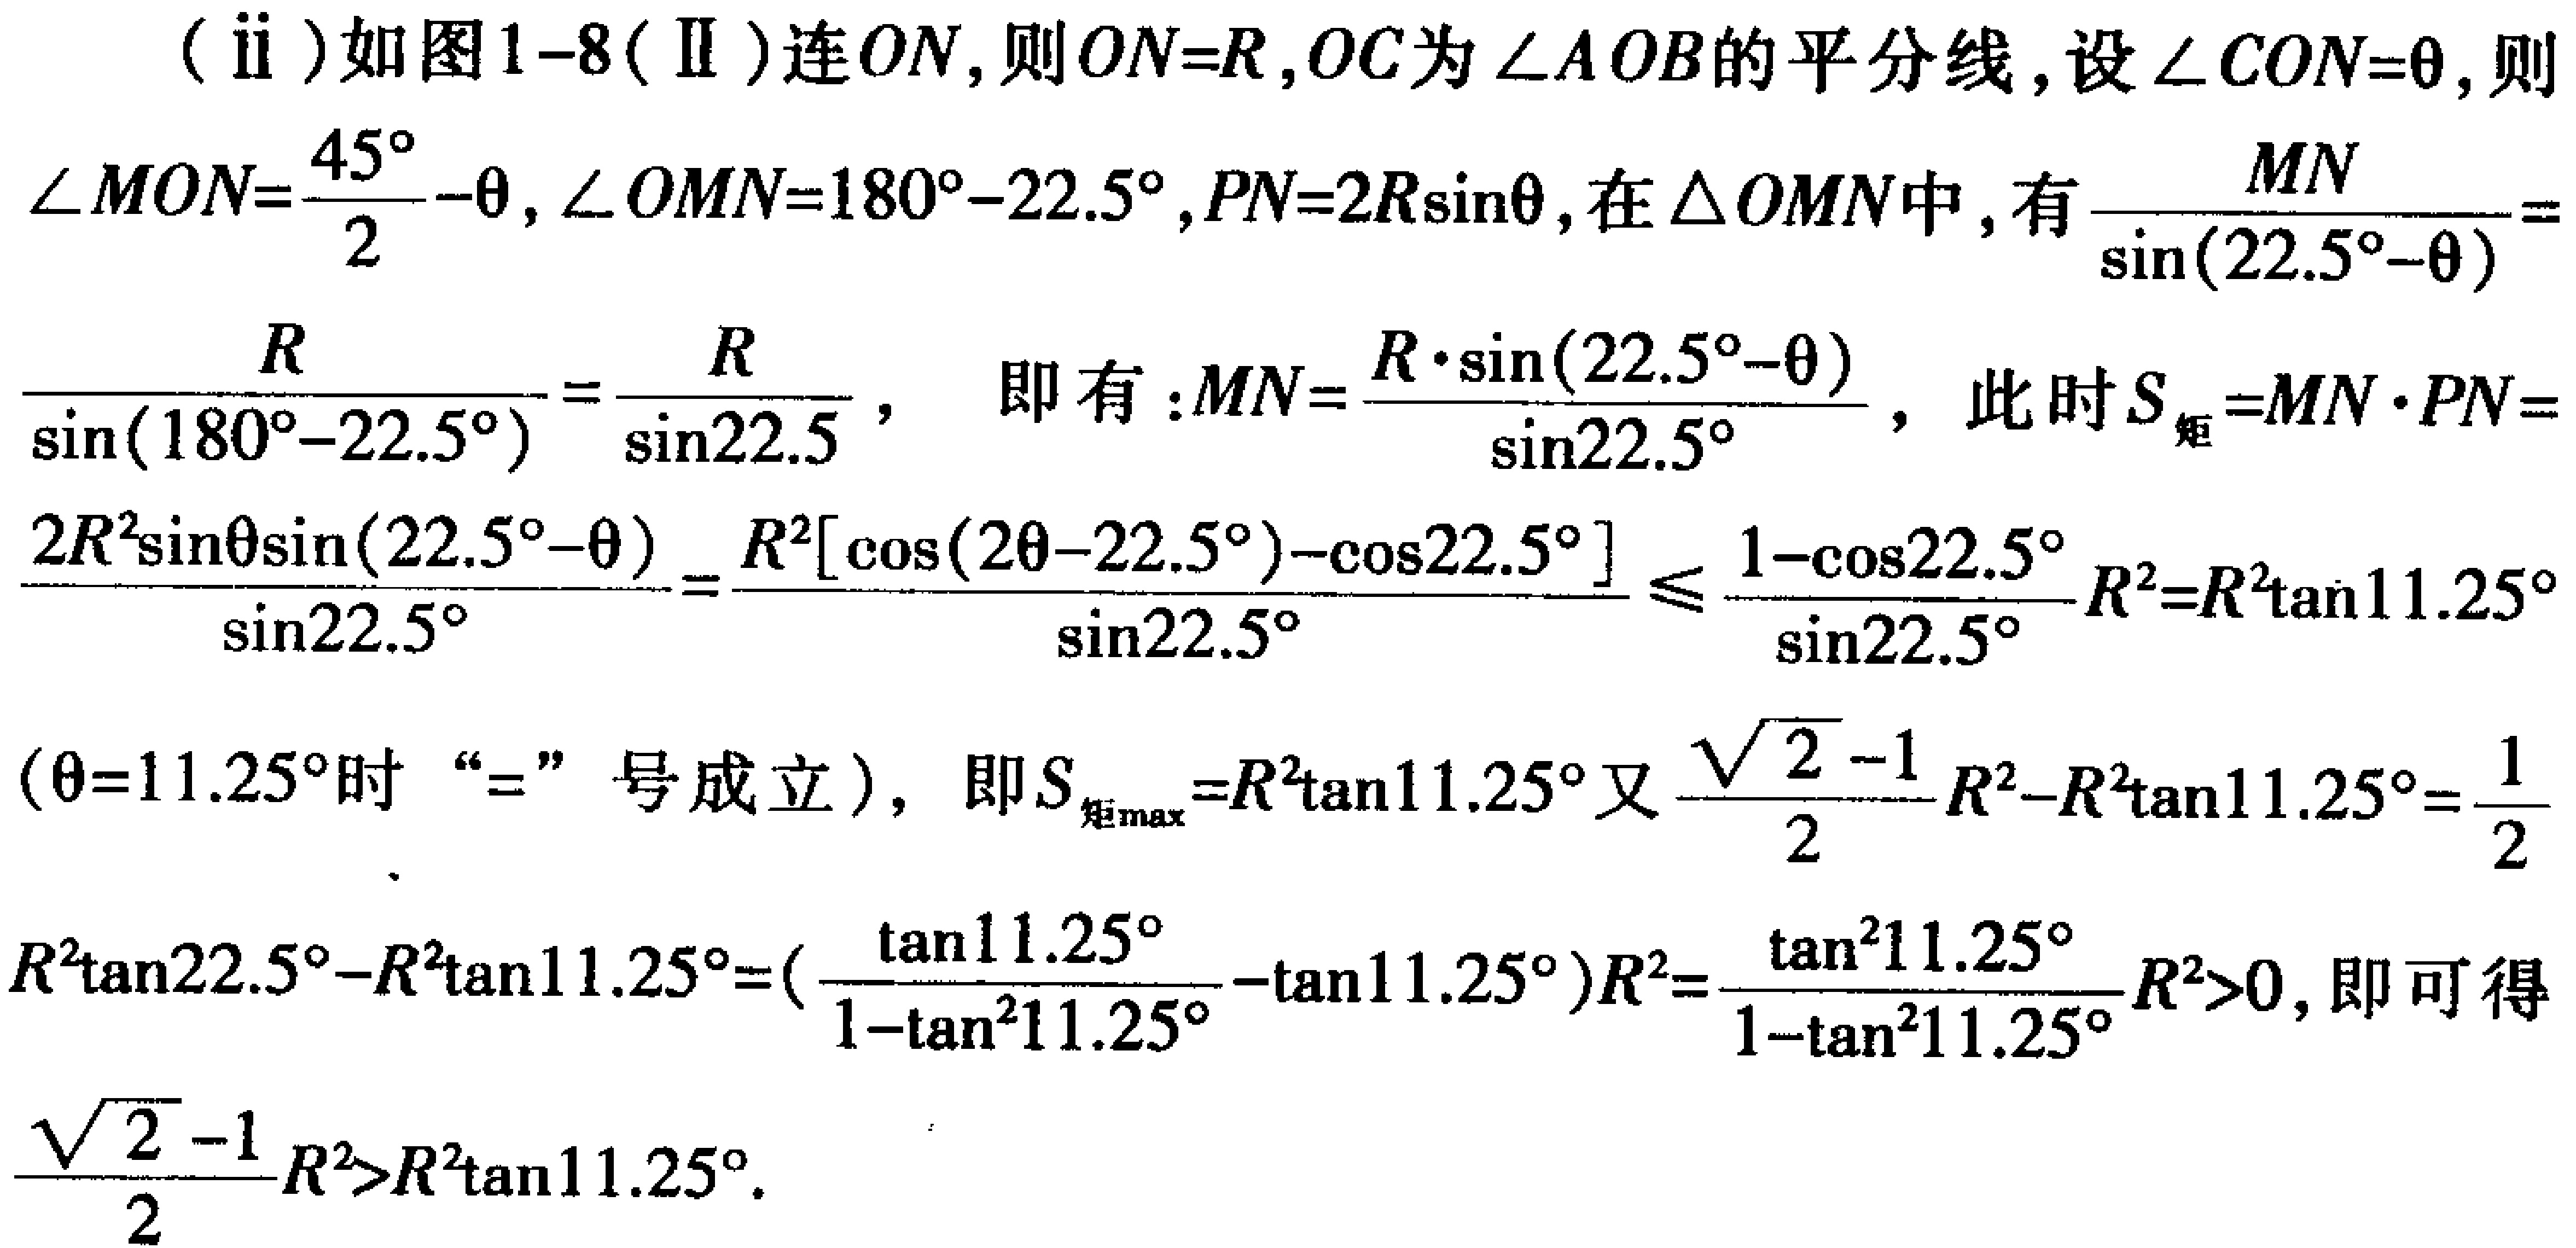
（ii）如图1-8(Ⅱ)连\(ON\)，则\(ON = R\)，\(OC\)为\(\angle AOB\)的平分线，设\(\angle CON=\theta\)，则\(\angle MON = \frac{45^{\circ}}{2}-\theta\)，\(\angle  OMN = 180^{\circ}-22.5^{\circ}\)，\(PN = 2R\sin\theta\)，在\(\triangle  OMN\)中，有\(\frac{MN}{\sin(22.5^{\circ}-\theta)}=\frac{R}{\sin(180^{\circ}-22.5^{\circ})}=\frac{R}{\sin22.5}\)， 即有：\(MN=\frac{R\cdot\sin(22.5^{\circ}-\theta)}{\sin22.5^{\circ}}\)，此时\(S_{矩}=MN\cdot PN=\frac{2R^{2}\sin\theta\sin(22.5^{\circ}-\theta)}{\sin22.5^{\circ}}=\frac{R^{2}[\cos(2\theta - 22.5^{\circ})-\cos22.5^{\circ}]}{\sin22.5^{\circ}}\leq\frac{1-\cos22.5^{\circ}}{\sin22.5^{\circ}}R^{2}=R^{2}\tan11.25^{\circ}\)（\(\theta = 11.25^{\circ}\)时“\(=\)”号成立），即\(S_{矩_{\max}}=R^{2}\tan11.25^{\circ}\)又\(\frac{\sqrt{2}-1}{2}R^{2}-R^{2}\tan11.25^{\circ}=\frac{1}{2}\)  .

\(R^{2}\tan22.5^{\circ}-R^{2}\tan11.25^{\circ}=(\frac{\tan11.25^{\circ}}{1 - \tan^{2}11.25^{\circ}}-\tan11.25^{\circ})R^{2}=\frac{\tan^{2}11.25^{\circ}}{1 - \tan^{2}11.25^{\circ}}R^{2}>0\)，即可得\(\frac{\sqrt{2}-1}{2}R^{2}>R^{2}\tan11.25^{\circ}\).